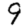
Digit: 9